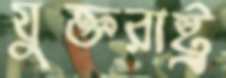
যুক্তরাষ্ট্র্র